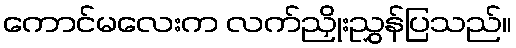
ကောင်မလေးက လက်ညှိုးညွှန်ပြသည်။